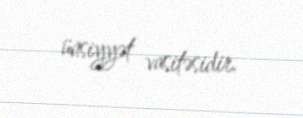
ünsiyyət vasitəsidir.